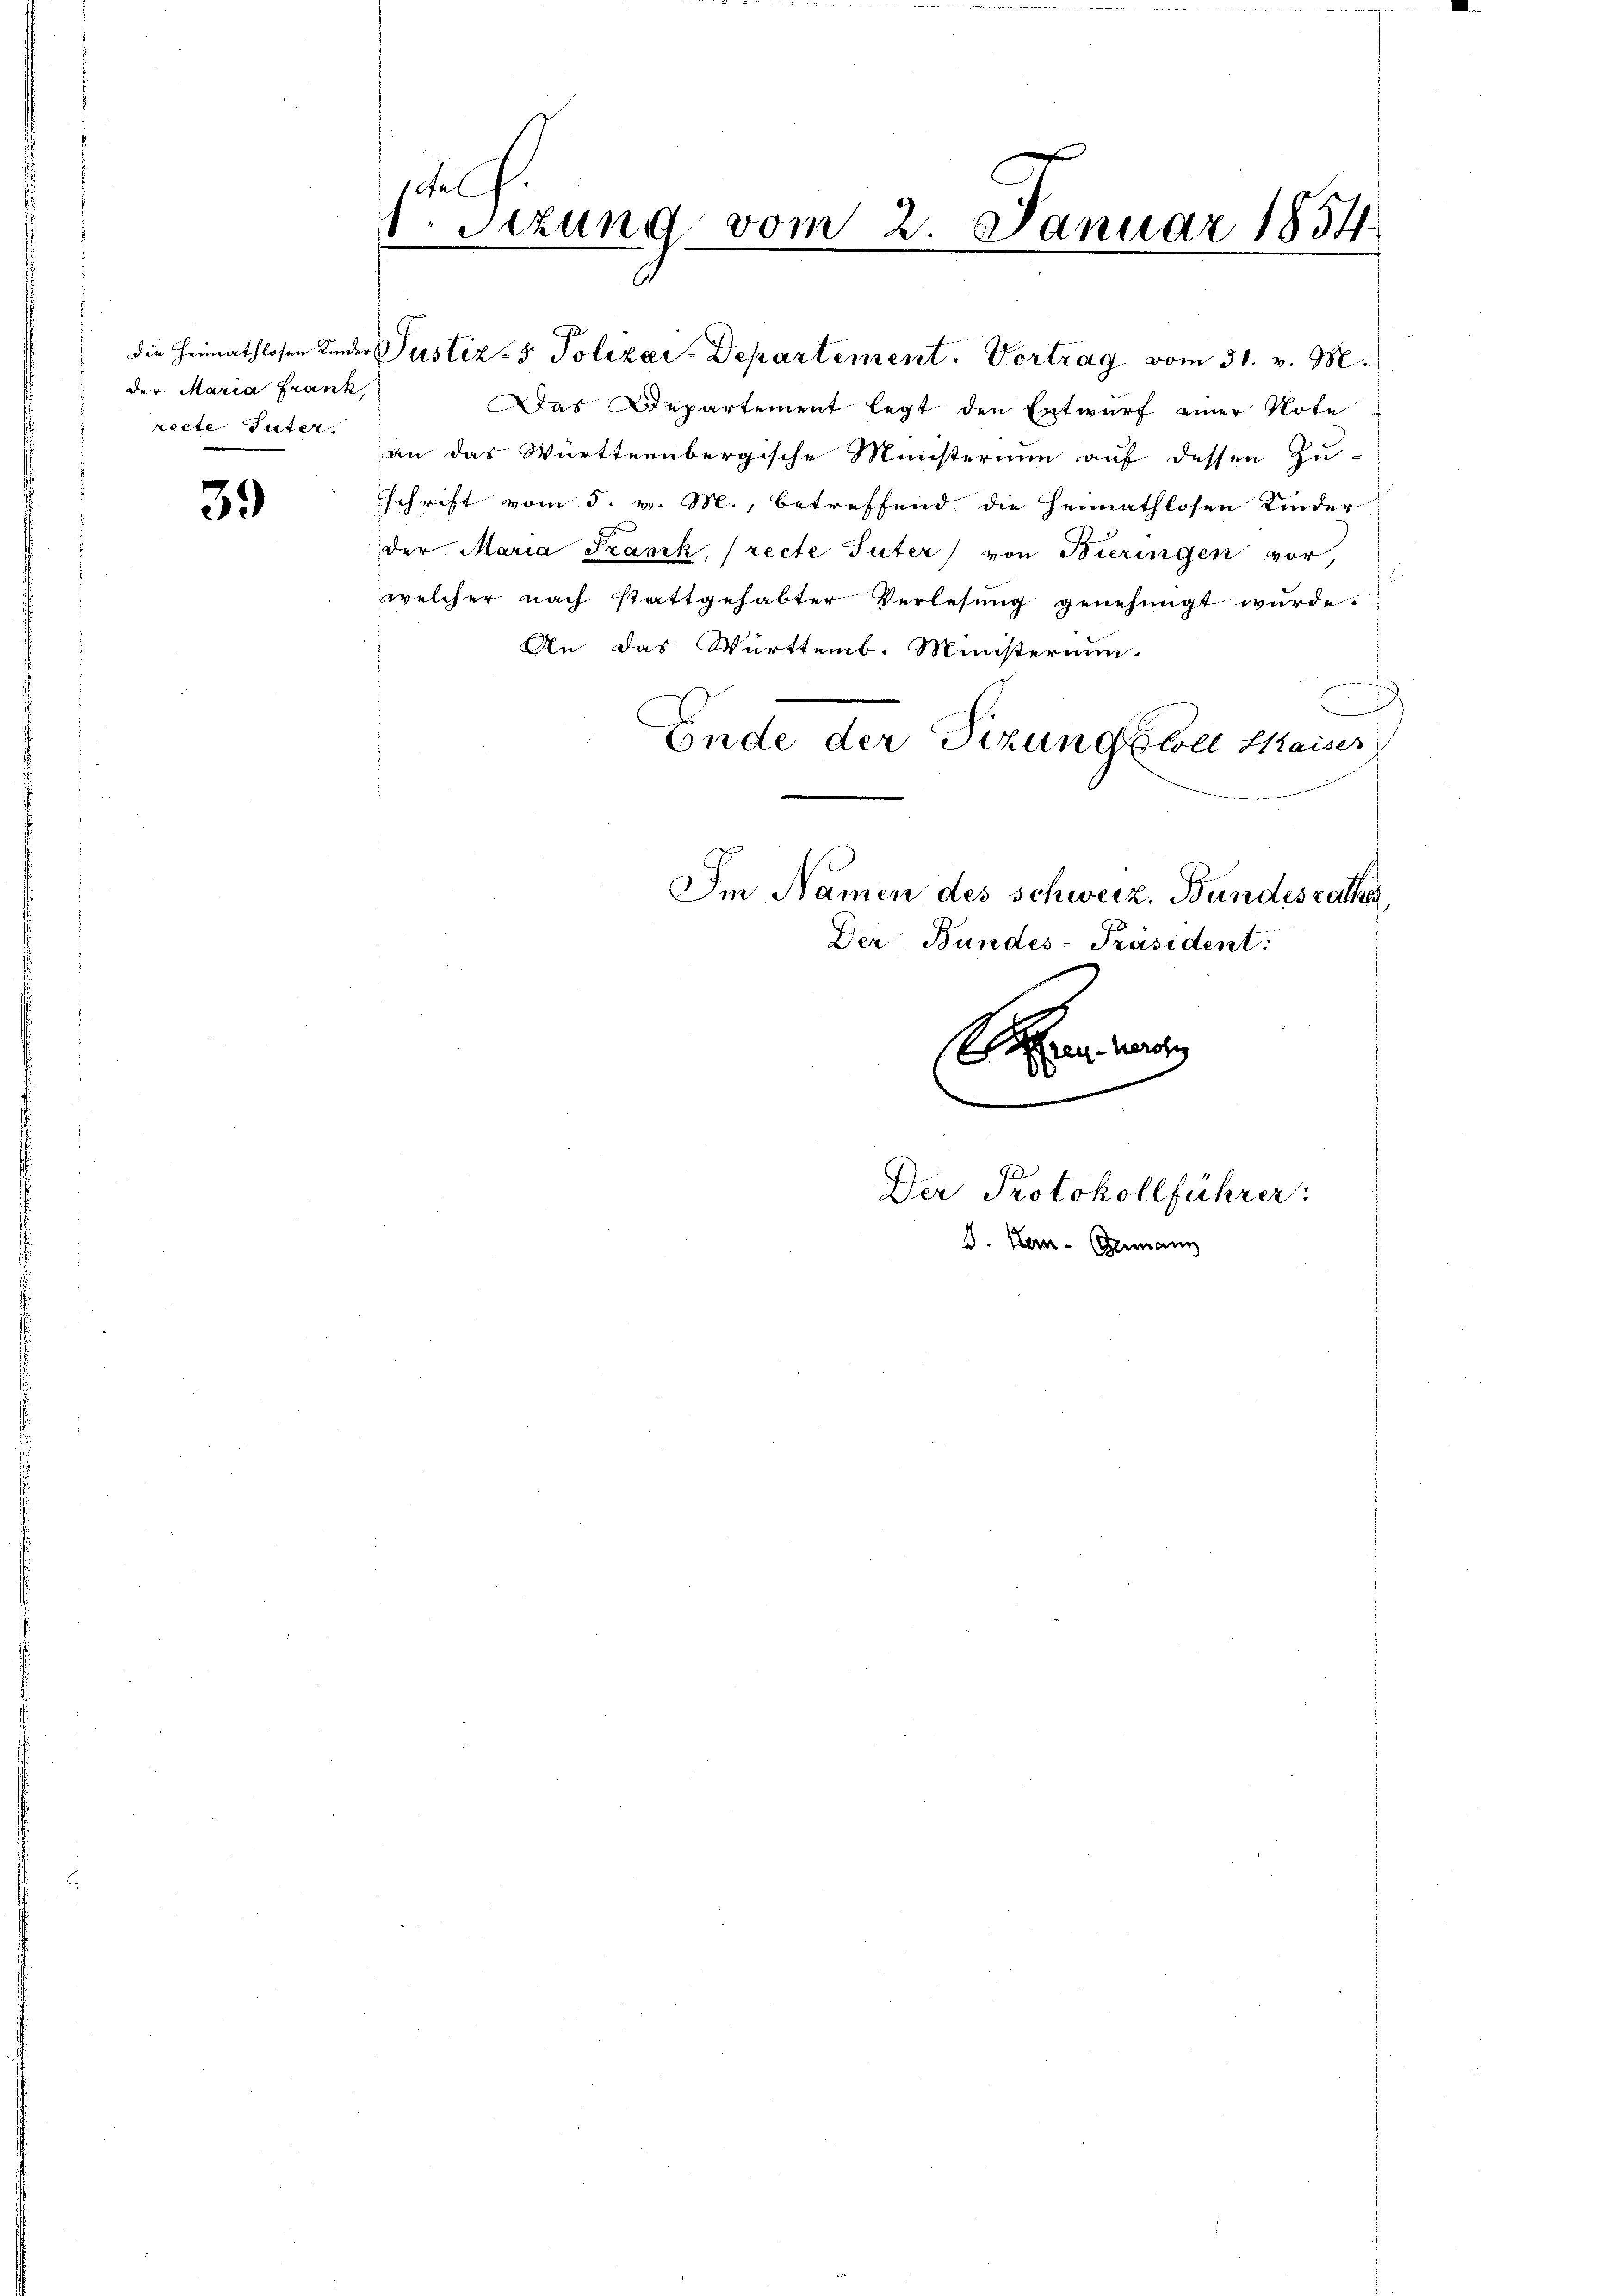
der Maria Frank,
recte Tuter.

39

scheh
Sizung vom 2. Januar 1834
2

die Heimathlosen Kinder Justiz- & Polizei-Departement. Vortrag vom 31. v. M.
Das Departement legt den Entwurf einer Note
an das Württembergische Ministerium auf dessen Zu-
schrift vom 5. v. M., betreffend die Heimathlosen Kinder
der Maria Frank, (recte Tuter) von Bieringen vor,
welcher nach stattgehabter Verlesung genehmigt wurde.
An das Württemb. Ministerium.
Ende der Sizungskoll Kaiser
Im Namen des schweiz. Bundesrathes
Der Bundes-Präsident:

Der Protokollführer:
I. Hen-Germann